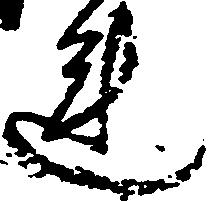
連